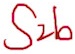
Text: S2b